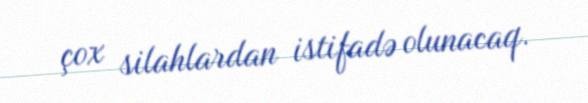
çox silahlardan istifadə olunacaq.